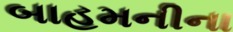
બાહમનીના